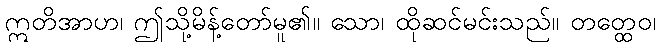
ဣတိအာဟ၊ ဤသို့မိန့်တော်မူ၏။ သော၊ ထိုဆင်မင်းသည်။ တတ္ထေဝ၊